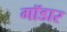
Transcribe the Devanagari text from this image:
गॉडार